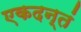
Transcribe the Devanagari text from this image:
एकदन्तं